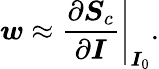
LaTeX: \boldsymbol{w}\approx\left.\frac{\partial\boldsymbol{S}_{c}}{\partial\boldsymbol{I}}\right|_{\boldsymbol{I}_{0}}.